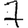
Digit: 7